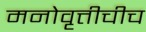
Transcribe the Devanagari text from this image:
मनोवृत्तीचीच